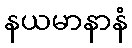
နယမာနာနံ